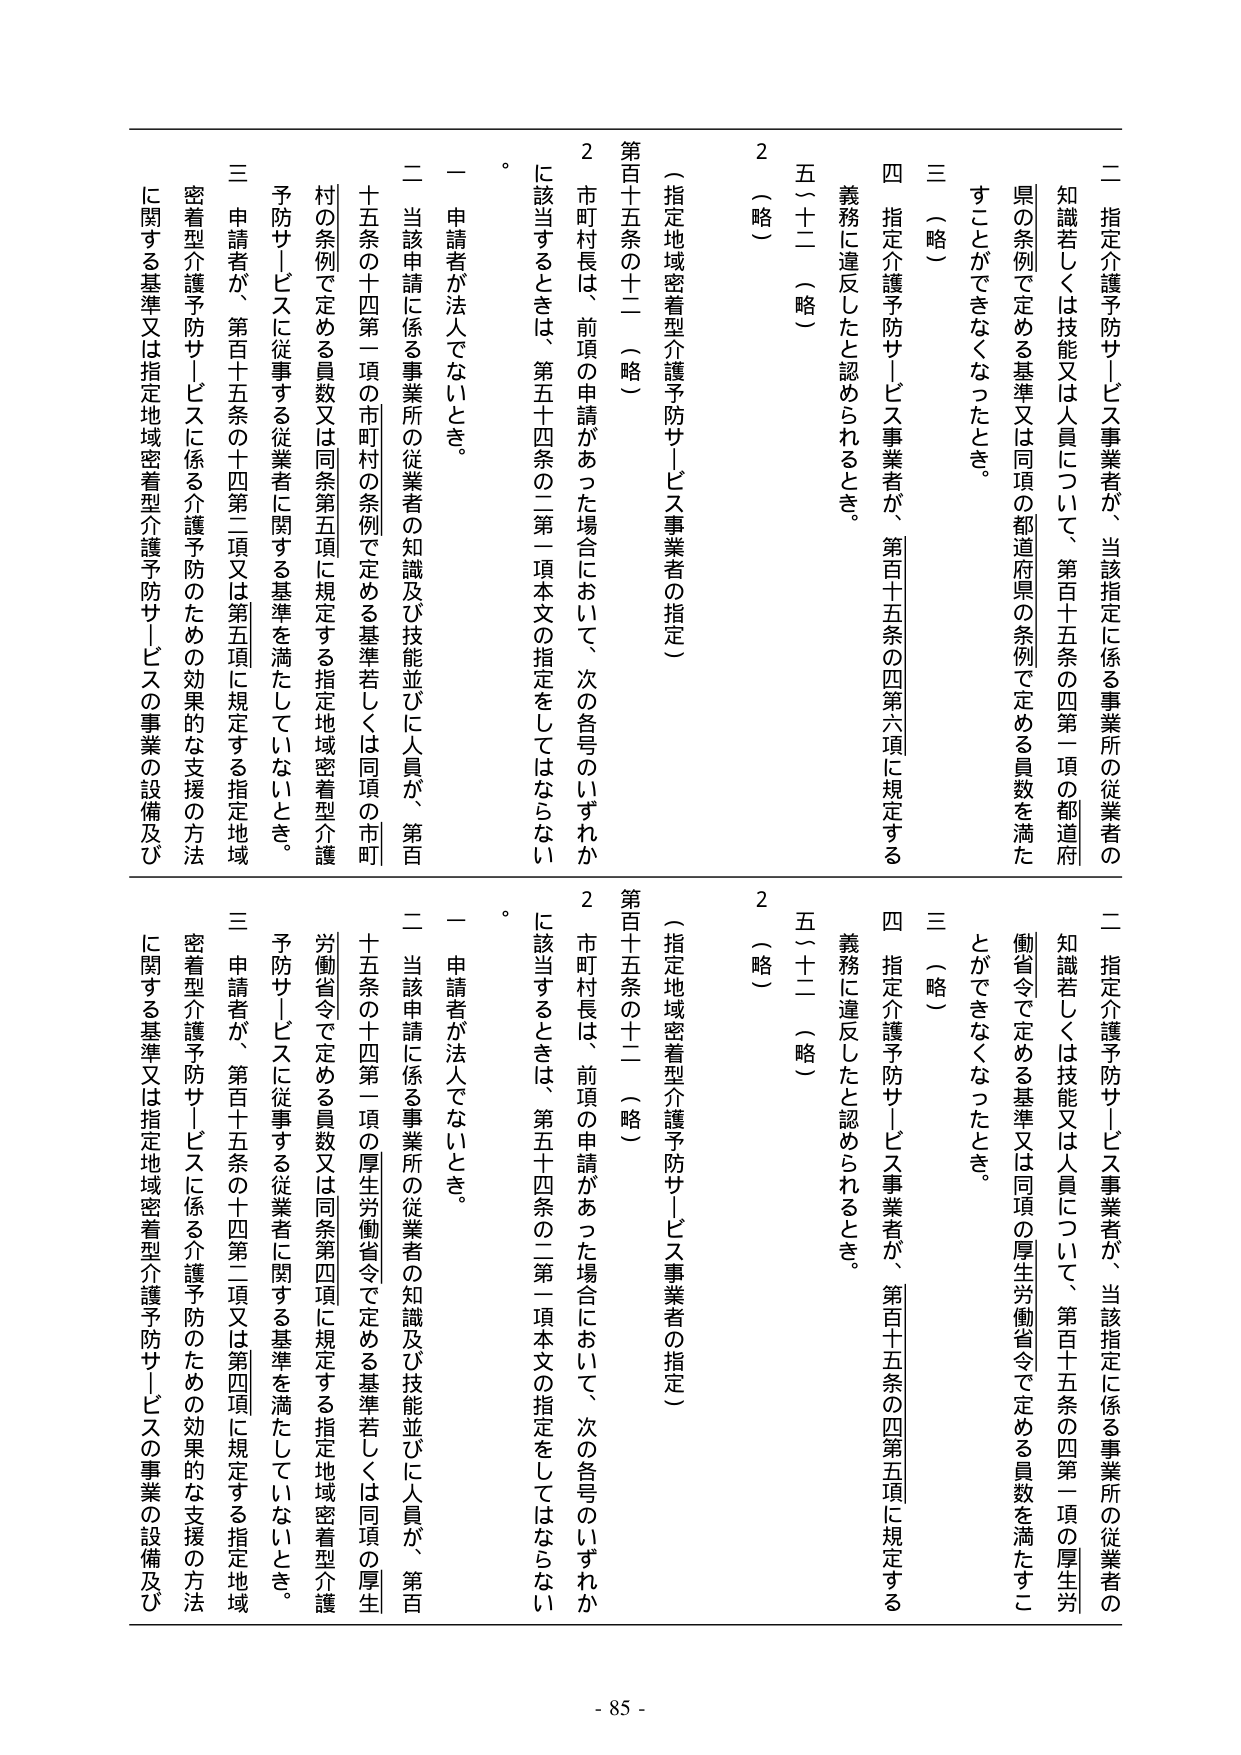
二 指定介護予防サービス事業者が、当該指定に係る事業所の従業者の知識若しくは技能又は人員について、第百十五条の四第一項の都道府県の条例で定める基準又は同項の都道府県の条例で定める員数を満たすことができなくなったとき。

三 （略）

四 指定介護予防サービス事業者が、第百十五条の四第六項に規定する義務に違反したと認められるとき。

五（十二）（略）

2 （略）

（指定地域密着型介護予防サービス事業者の指定）

第百十五条の十二 （略）

2 市町村長は、前項の申請があった場合において、次の各号のいずれかに該当するときは、第五十四条の二第一項本文の指定をしてはならない。

一 申請者が法人でないとき。

二 当該申請に係る事業所の従業者の知識及び技能並びに人員が、第百十五条の十四第一項の市町村の条例で定める基準若しくは同項の市町村の条例で定める員数又は同条第五項に規定する指定地域密着型介護予防サービスに従事する従業者に関する基準を満たしていないとき。

三 申請者が、第百十五条の十四第二項又は第五項に規定する指定地域密着型介護予防サービスに係る介護予防のための効果的な支援の方法に関する基準又は指定地域密着型介護予防サービスの事業の設備及び

二 指定介護予防サービス事業者が、当該指定に係る事業所の従業者の知識若しくは技能又は人員について、第百十五条の四第一項の厚生労働省令で定める基準又は同項の厚生労働省令で定める員数を満たすことができなくなったとき。

三 （略）

四 指定介護予防サービス事業者が、第百十五条の四第五項に規定する義務に違反したと認められるとき。

五（十二）（略）

2 （略）

（指定地域密着型介護予防サービス事業者の指定）

第百十五条の十二 （略）

2 市町村長は、前項の申請があった場合において、次の各号のいずれかに該当するときは、第五十四条の二第一項本文の指定をしてはならない。

一 申請者が法人でないとき。

二 当該申請に係る事業所の従業者の知識及び技能並びに人員が、第百十五条の十四第一項の厚生労働省令で定める基準若しくは同項の厚生労働省令で定める員数又は同条第四項に規定する指定地域密着型介護予防サービスに従事する従業者に関する基準を満たしていないとき。

三 申請者が、第百十五条の十四第二項又は第四項に規定する指定地域密着型介護予防サービスに係る介護予防のための効果的な支援の方法に関する基準又は指定地域密着型介護予防サービスの事業の設備及び

- 85 -